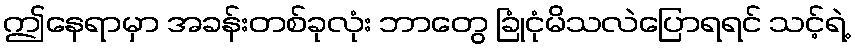
ဤနေရာမှာ အခန်းတစ်ခုလုံး ဘာတွေ ခြုံငုံမိသလဲပြောရရင် သင့်ရဲ့